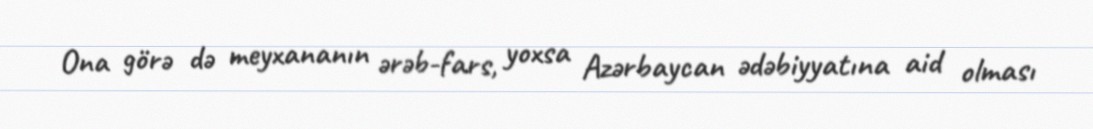
Ona görə də meyxananın ərəb-fars, yoxsa Azərbaycan ədəbiyyatına aid olması